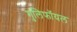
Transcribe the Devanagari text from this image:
गुलिफॉयल